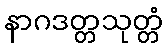
နာဂဒတ္တသုတ္တံ